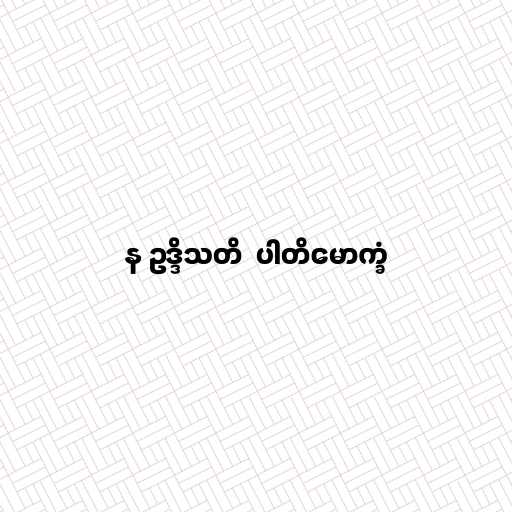
န ဥဒ္ဒိသတိ  ပါတိမောက္ခံ